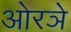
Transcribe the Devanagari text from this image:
ओरञे